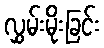
လွှမ်းမိုးခြင်း